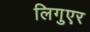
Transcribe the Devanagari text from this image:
लिगुएर